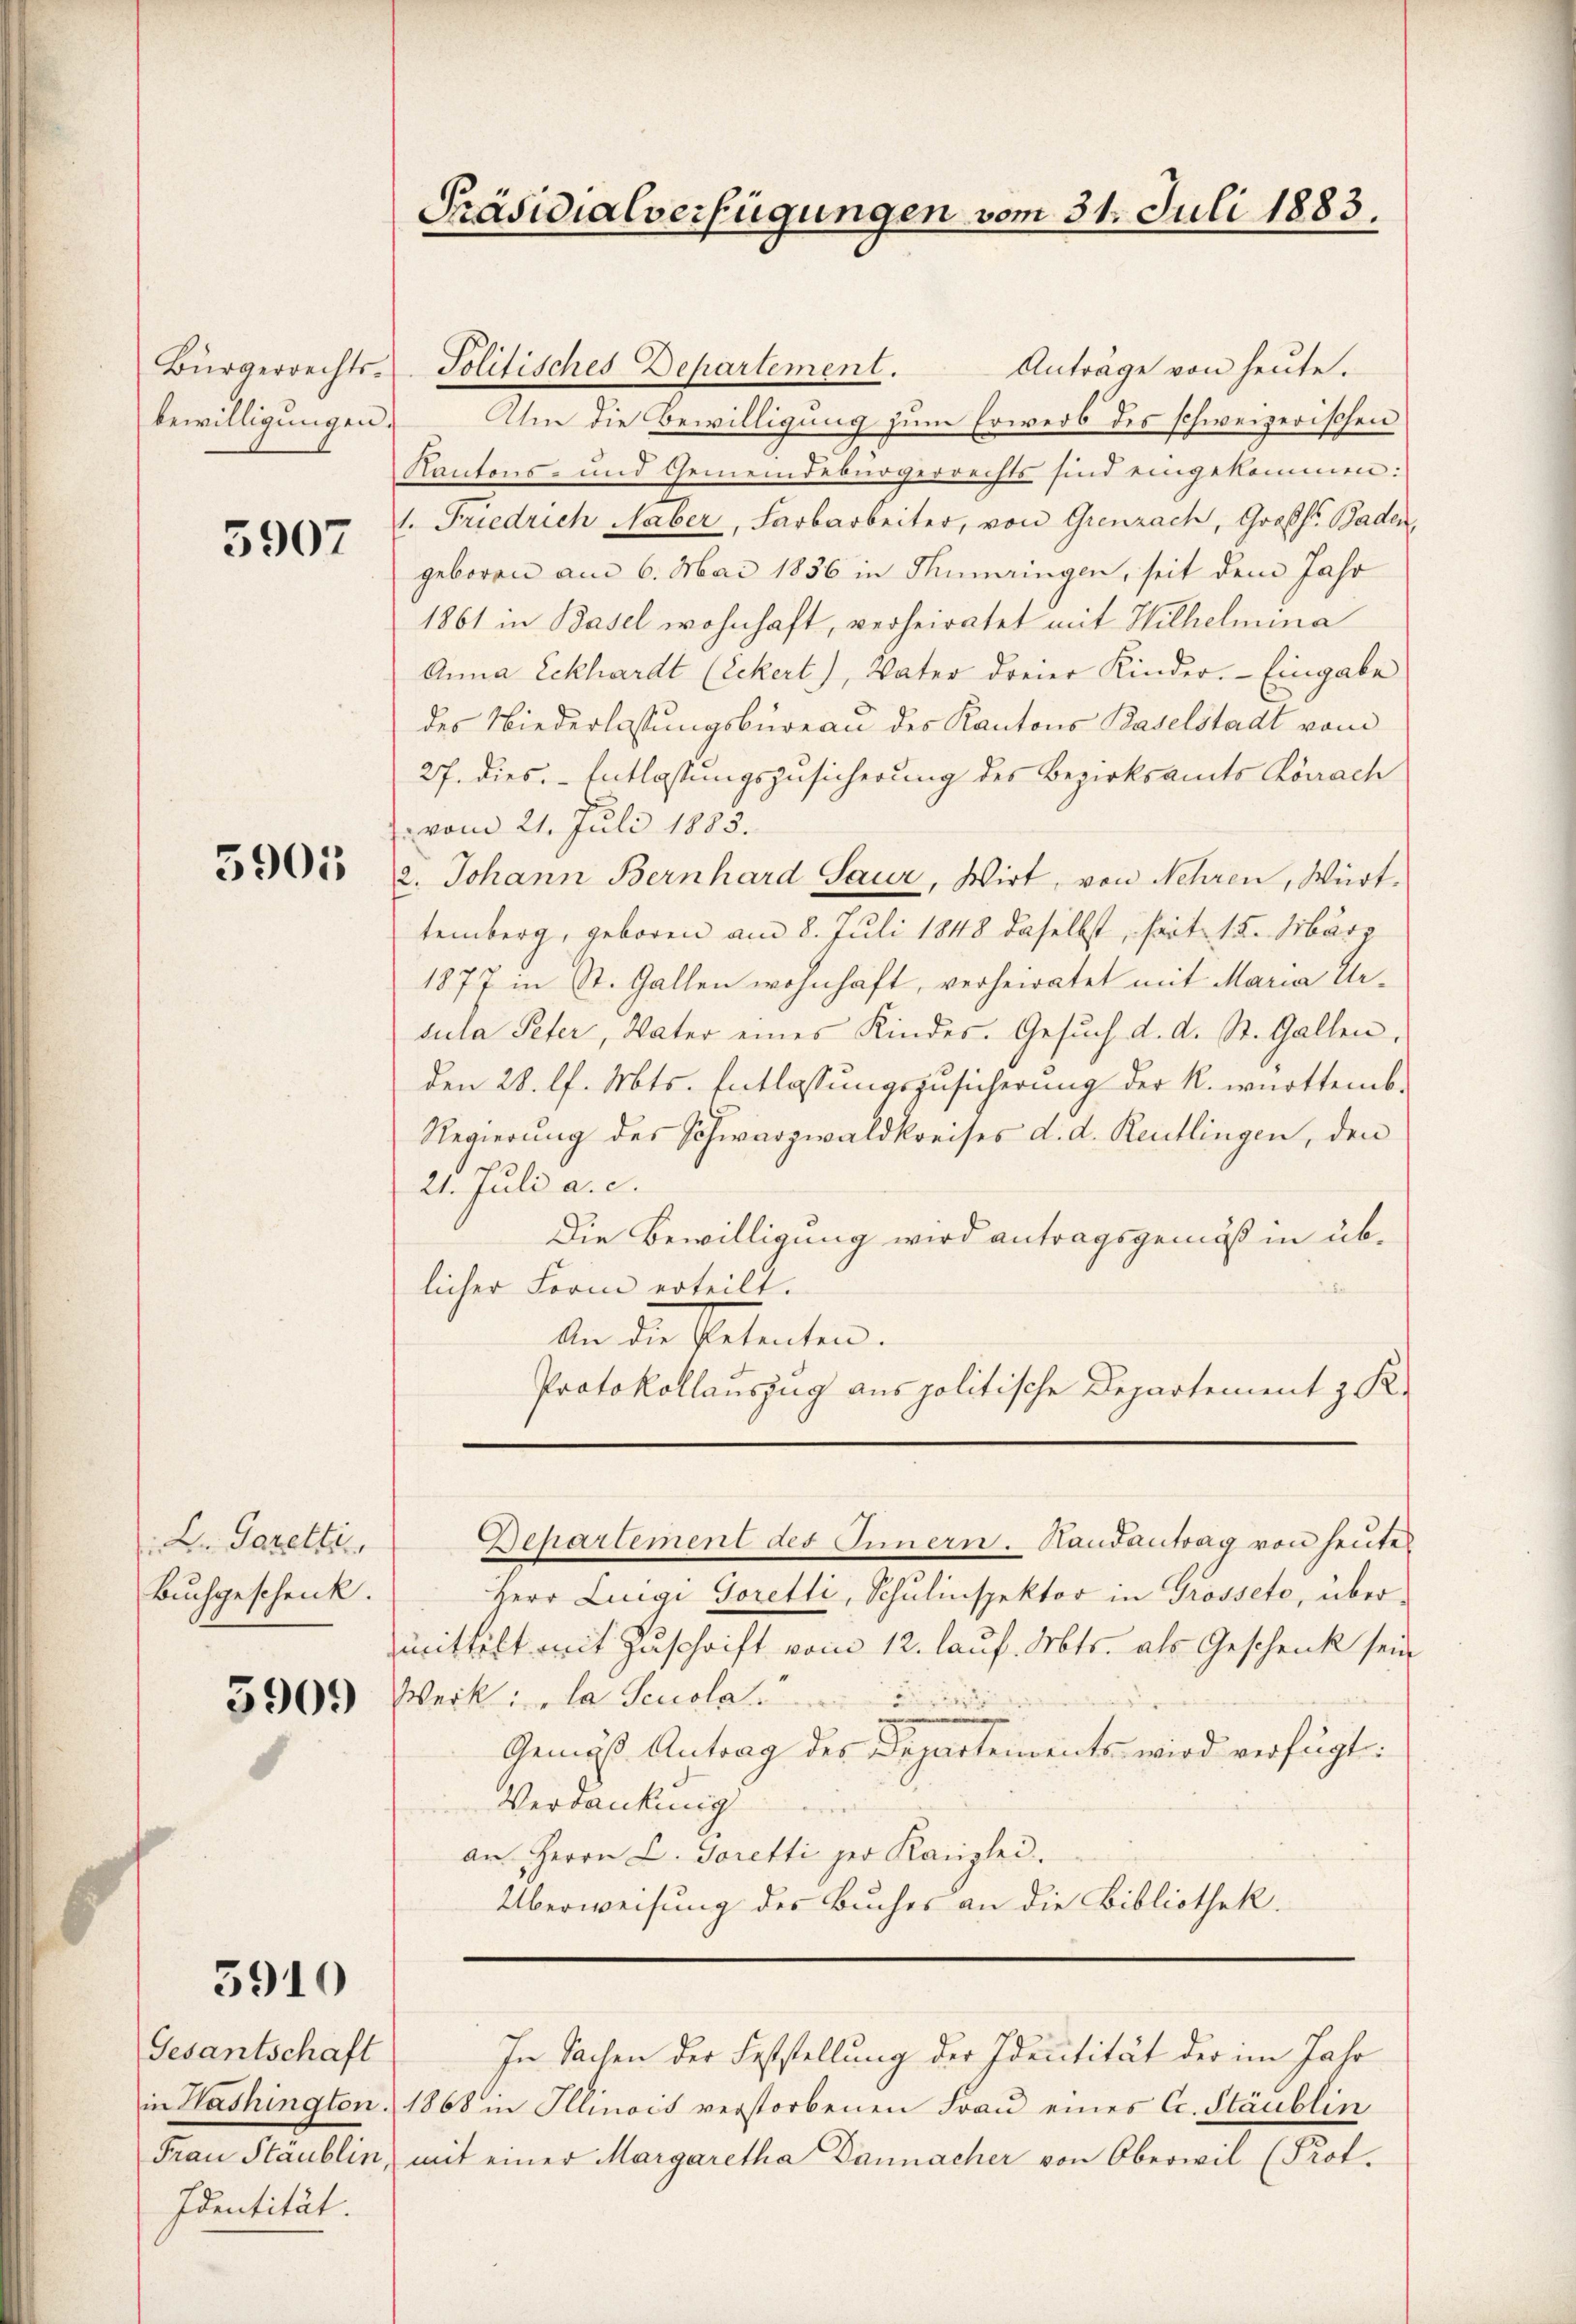
Bürgerrechtsbewilligungen.

5907

5905

L. Garetti
Buchgeschenk.

3910

Gesantschaft
Identität.

Solitisches Departement. Anträge von heŭte.
Alm die Bewilligung zum Erwerb des schweizerischen
Kantons- und Gemeindebürgerrechts sind eingekommen:
1. Friedrich Naber, Farbarbeiter, von Grenzach, Großh. Baden,
geboren am 6. Mai 1856 in Thumringen, seit dem Jahr
1861 in Basel wohnhaft, verheiratet mit Wilhelmina
Anna Eckhardt (Eckert), Vater dreier Kinder. Eingabe
des Niederlassungsbureau des Kantons Baselstadt vom
27. dies Entlassungszusicherung des Bezirksamts Körrach
vom 21. Juli 1883.
2. Johann Bernhard Saur, Wirt, von Nehren, Württemberg, geboren am 8. Juli 1848 daselbst, seit 15. März
1877 in St. Gallen wohnhaft, verheiratet mit Maria Ursula Peter, Vater eines Kindes. Gesŭch d. d. St. Gallen,
den 28. l. Mts. Entlassungszusicherung der k. württemb.
Regierung des Schwarzwaldkreises d. d. Reutlingen, den
21. Juli a. c.
Die Bewilligung wird antragsgemäß in üblicher Form erteilt.
An die Petenten.
Protokollauszug aus politische Departement z. K.

Präsidialverfügungen vom 31. Juli 1883.

In Sachen der Feststellung der Identität der im Jahr

Departement des Innern. Hautantrag von heute
Herr Luigi Goretti, Schulinspektor in Grosseto, übermittelt mit Zuschrift vom 12. lauf. Mts. als Geschenk sein
3905) Werk: „la Seuola
Ausieu
Gemäß Antrag des Departements, wird verfügt:
Verdankung
an Herrn D. Toretti der Kanzlei.
Überweisung des Buches an die Bibliothek.

in Washington 1868 in Illinois verstorbenen Frau eines C. Stäublin
Frau Staublin, mit einer Margaretha Dannacher von Oberwil (Prot.